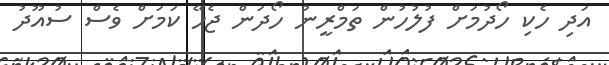
އަދި ހެކި ހޯދުމަށް ފުލުހުން ތަމްރީނު ހޯދަން ޖެހޭ ކަމަށް ވެސް ސުއޫދު